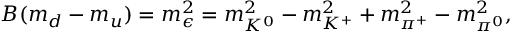
B ( m _ { d } - m _ { u } ) = m _ { \epsilon } ^ { 2 } = m _ { K ^ { 0 } } ^ { 2 } - m _ { K ^ { + } } ^ { 2 } + m _ { \pi ^ { + } } ^ { 2 } - m _ { \pi ^ { 0 } } ^ { 2 } ,